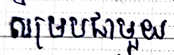
សម្របជាមួយ